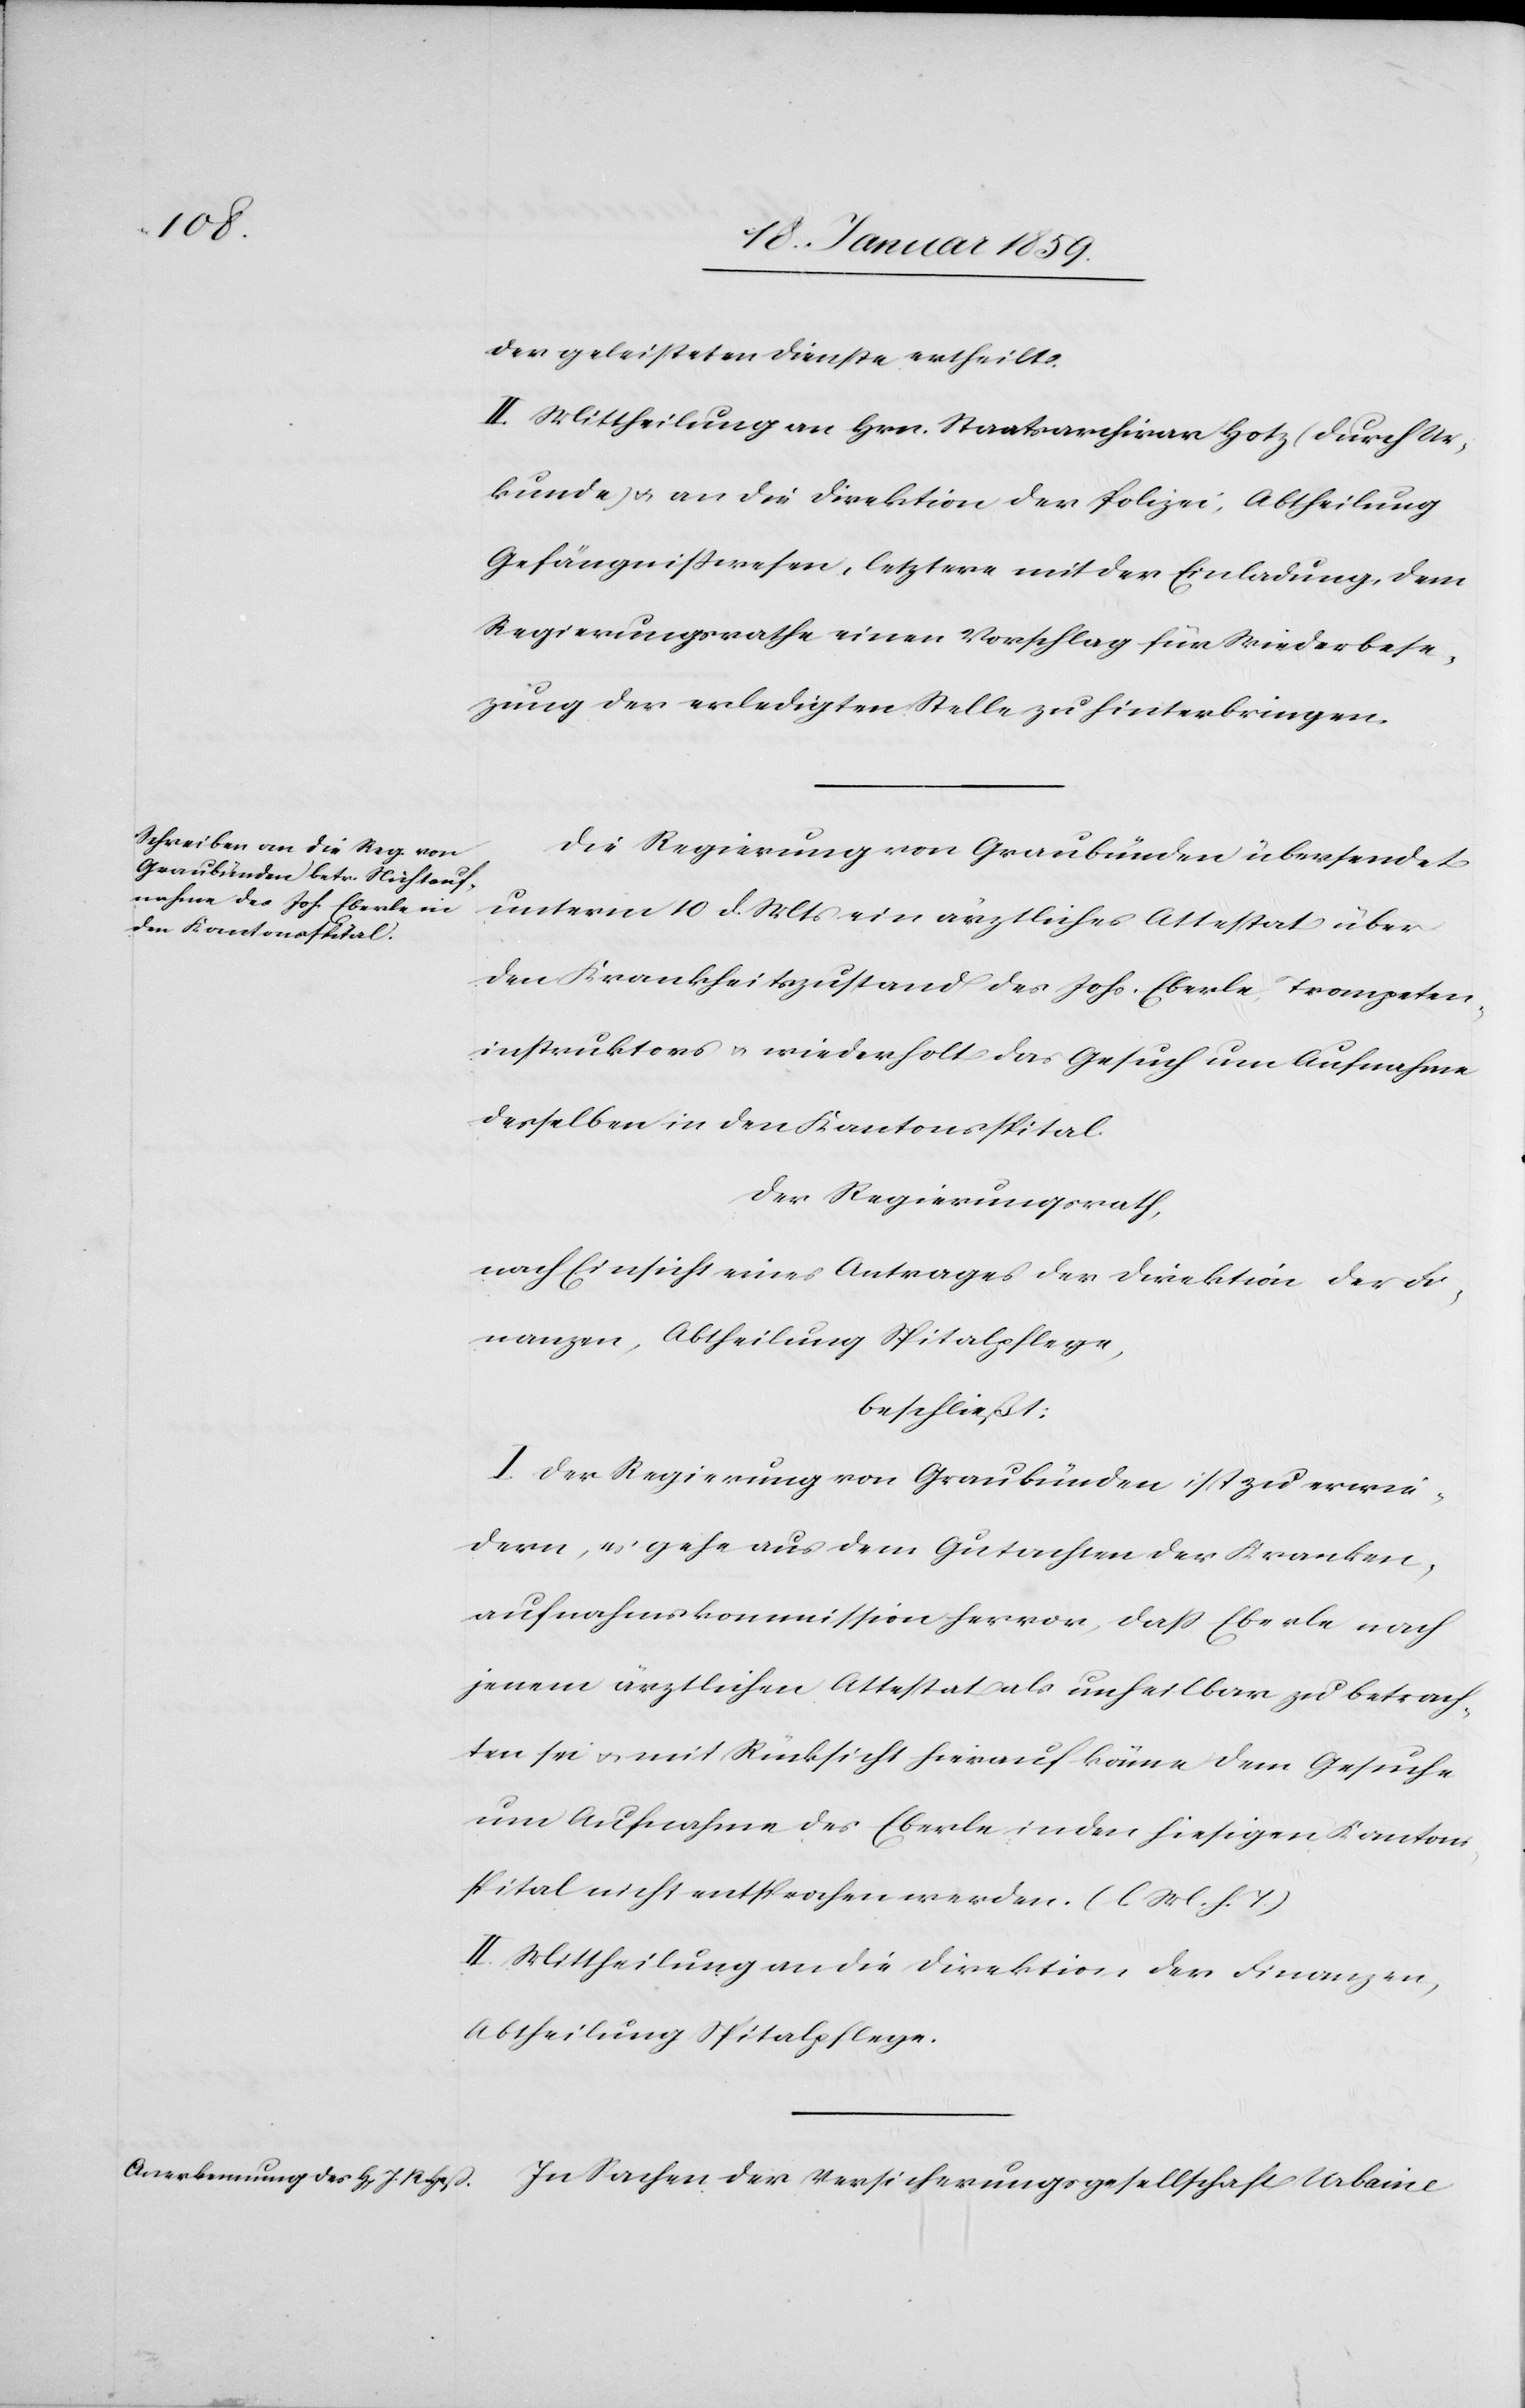
der geleisteten Dienste ertheilt.
II. Mittheilung an Hrn. Staatsarchivar Hotz (durch Ur¬
kunde) u. an die Direktion der Polizei; Abtheilung
Gefängnißwesen, letztere mit der Einladung, dem
Regierungsrath einen Vorschlag für Wiederbese¬
tzung der erledigten Stelle zu hinterbringen.
Die Regierung von Graubünden übersendet
unterm 10 d. Mts ein ärztliches Attestat über
den Krankheitszustand des Johs. Eberle, Trompeten¬
instruktors u. wiederholt das Gesuch um Aufnahme
desselben in den Kantonsspital.
Der Regierungsrath,
nach Einsicht eines Antrages der Direktion der Fi¬
nanzen, Abtheilung Spitalpflege,
beschließt:
I. Der Regierung von Graubünden ist zu erwie¬
dern, es gehe aus dem Gutachten der Kranken¬
aufnahmskommission hervor, daß Eberle nach
jenem ärztlichen Attestat als unheilbar zu betrach¬
ten sei u. mit Rücksicht hierauf könne dem Gesuche
um Aufnahme des Eberle in den hiesigen Kantons¬
spital nicht entsprochen werden. (l. M. h. T.)
II. Mittheilung an die Direktion der Finanzen,
Abtheilung Spitalpflege.
In Sachen der Versicherungsgesellschaft Urbaine